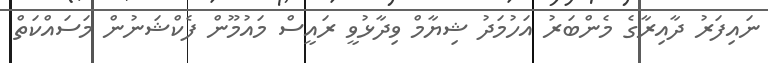
ނައިފަރު ދާއިރާގެ މެންބަރު އަހުމަދު ޝިޔާމް ވިދާޅުވީ ރައީސް މައުމޫން ފެކްޝަނުން މަސައްކަތް